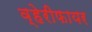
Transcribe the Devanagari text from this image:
व्हेरीफायर